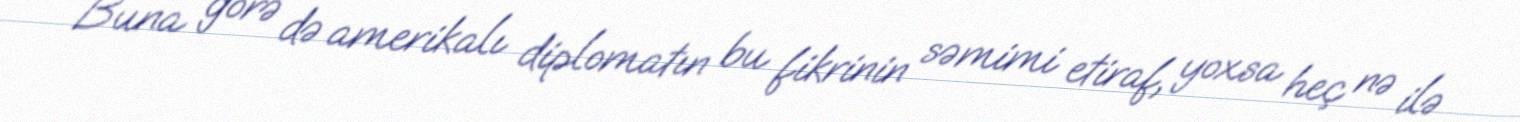
Buna görə də amerikalı diplomatın bu fikrinin səmimi etiraf, yoxsa heç nə ilə